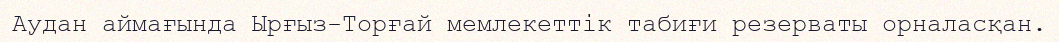
Аудан аймағында Ырғыз-Торғай мемлекеттік табиғи резерваты орналасқан.